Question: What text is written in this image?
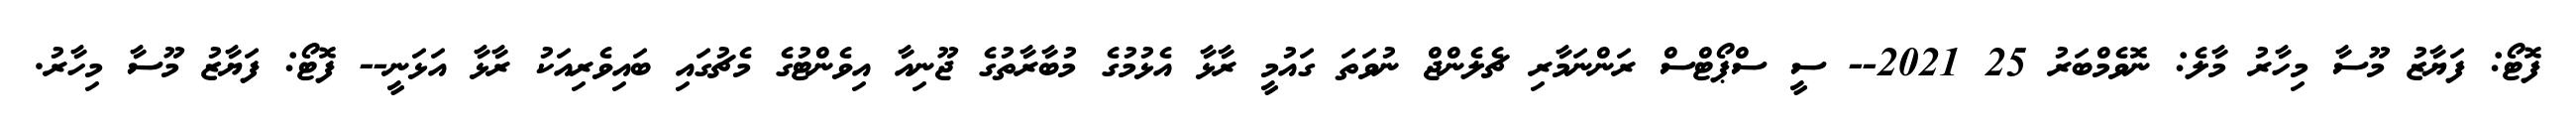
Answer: ފޮޓޯ: ފަޔާޒު މޫސާ މިހާރު މާލެ: ނޮވެމްބަރު 25 2021-- ސީ ސްޕޯޓްސް ރަންނަމާރި ޗެލެންޖް ނުވަތަ ގައުމީ ރާޅާ އެޅުމުގެ މުބާރާތުގެ ޖޫނިއާ އިވެންޓުގެ މެޗުގައި ބައިވެރިއަކު ރާޅާ އަޅަނީ-- ފޮޓޯ: ފަޔާޒު މޫސާ މިހާރު.